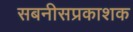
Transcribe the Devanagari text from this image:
सबनीसप्रकाशक